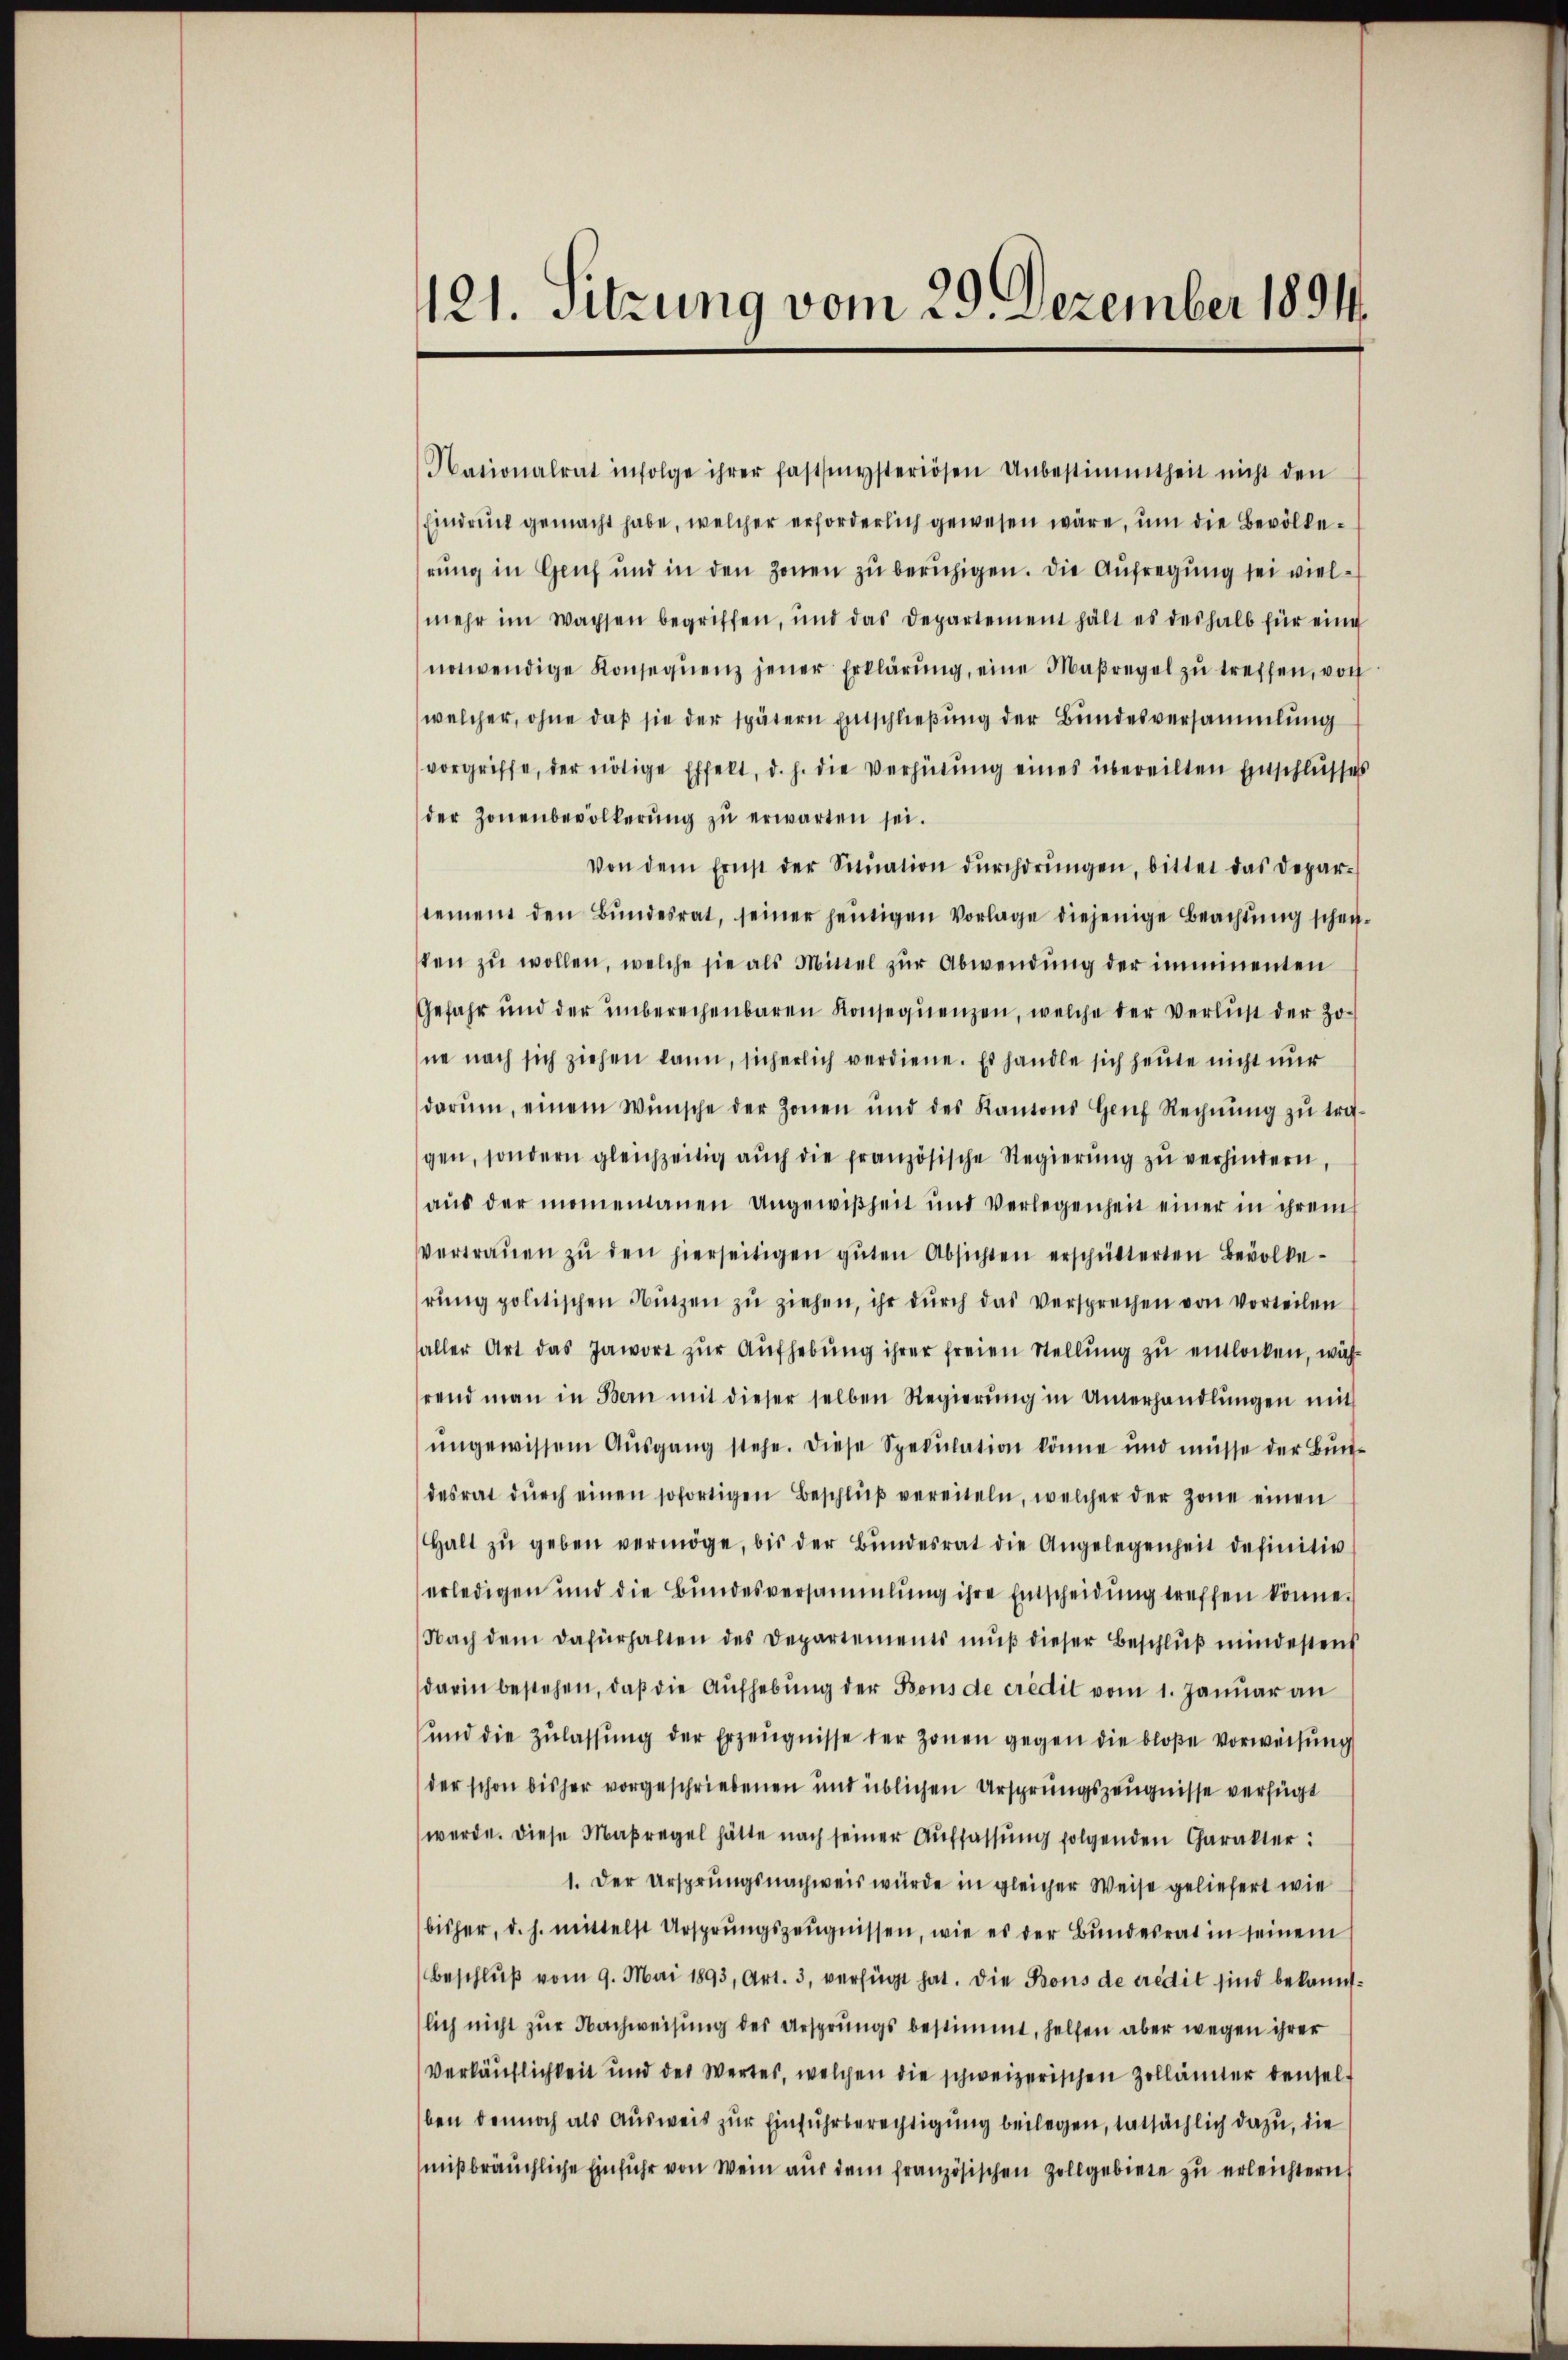
121. Sitzung vom 29. Dezember 1891.

Nationalrat infolge ihrer fastsmysteriösen Unbestimmtheit nicht den
Eindruck gemacht habe, welcher erforderlich gewesen wäre, um die Bevölkerung in Genf und in den Zonen zu beruhigen. Die Aufregung sei vielmehr im Wachsen begriffen, und das Departement hält es deshalb für eine
notwendige Konseqŭenz jener Erklärŭng, eine Maßregel zŭ treffen, von
welcher, ohne daß sie der spätern Entschließung der Bundesversammlung
vorgriffe, der nötige Effekt, d. h. die Verhütung eines übereilten Entschlusses
der Zonenbevölkerung zu erwarten sei.
Von dem Ernst der Sitŭation dŭrchdrŭngen, bittet das Depar-
tement den Bŭndesrat, seiner heutigen Vorlage diejenige Beachtung schen-
ten zŭ wollen, welche sie als Mittel zŭr Abwendung der imminenten
Gefahr und der unberechenbaren Konsequenzen, welche der Verlust der Zone nach sich ziehen kann, sicherlich verdiene. Es handle sich heute nicht nur
darŭm, einem Wünsche der Zonen und des Kantons Genf Rechnŭng zŭ tref-
gen, sondern gleichzeitig aŭch die französische Regierŭng zŭ verhindern,
aŭs der momentanen Ungewißheit und Verlegenheit einer in ihrem
vertrauen zŭ den hierseitigen gŭten Absichten erschütterten Bevölkerŭng politischen Nützen zŭ ziehen, ihr dŭrch das versprechen von Vorteilen
aller Art das Jawort zŭr Aŭfhebung ihrer freien Stellung zu entlocken, während man in Bern mit dieser selben Regierŭng in Unterhandlŭngen mit
ungewissen Aŭsgang stehe. Diese Spekulation könne und müsse der Bun-
desrat dŭrch einen sofortigen Beschlŭβ vereiteln, welcher der Zone einen
Halt zŭ geben vermöge, bis der Bŭndesrat die Angelegenheit definitiv
erledigen und die Bundesversammlung ihre Entscheidung treffen könne.
Nach dem dafürhalten des Departements muß dieser Beschluß mindestens
darin bestehen, daß die Aufhebung der Bons de credit vom 1. Januar an
ŭnd die Zŭlassŭng der Erzeŭgnisse der Zonen gegen die bloße Vorweisung
der schon bisher vorgeschriebenen und üblichen Ursprungszeugnisse verfügt
werde. Diese Maßregel hätte nach seiner Auffassung folgenden Charakter:
1. Der Ursprungsnachweis wurde in gleicher Weise geliefert wie
bisher, d. h. mittelst Ursprungszeŭgnissen, wie es der Bundesrat in seinem
Beschlŭβ vom 9. Mai 1893, Art. 3, verfügt hat. Die Kons de credit sind bekanntlich nicht zur Nachweisung des Ursprungs bestimmt, helfen aber wegen ihrer
Verkäuflichkeit und des Wertes, welchen die schweizerischen Zollämter denselben dennoch als Ausweis zur Einfuhrberechtigung beilegen, tatsächlich dazu, die
mißbräuchliche Einfuhr von Wein aus dem französischen Zollgebiete zu erleichtern